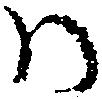
ハ